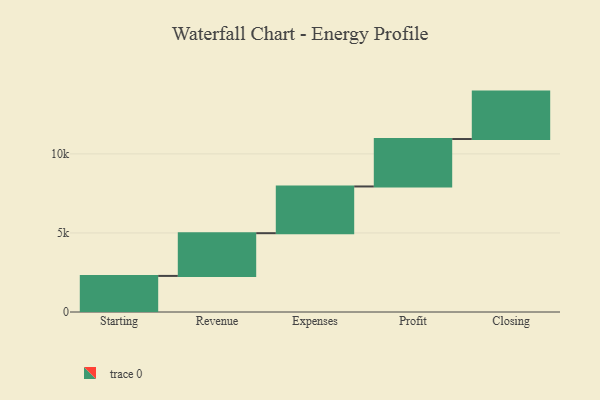
{"axis": {"x": "Step", "y": "Value"}, "legend": [""], "data": [{"x": "Starting", "y": 2283.0, "type": ""}, {"x": "Revenue", "y": 2702.0, "type": ""}, {"x": "Expenses", "y": 2956.0, "type": ""}, {"x": "Profit", "y": 3000, "type": ""}, {"x": "Closing", "y": 3000, "type": ""}]}